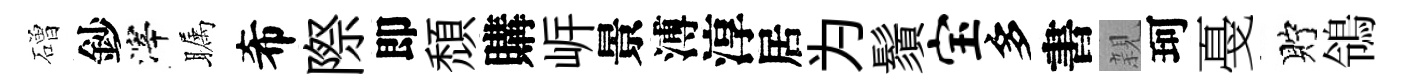
磳鈔滓瞩希際即頹購㟁景溥淳居为鬚宝多書親珂戞貯鴒